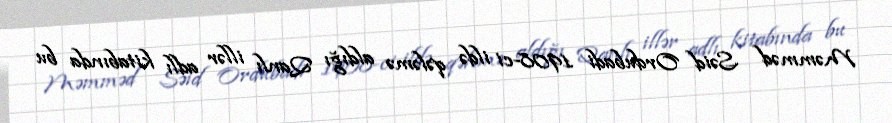
Məmməd Səid Ordubadi 1908-ci ildə qələmə aldığı Qanlı illər adlı kitabında bu